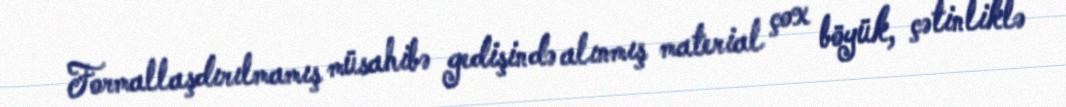
Formallaşdırılmamış müsahibə gedişində alınmış material çox böyük, çətinliklə